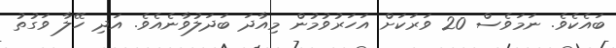
ބައެކެވެ. ނަމަވެސް 20 ވަރަކަށް އަހަރުވުމުން މިއާދަ ބަދަލުވާނެއެވެ. އަދި ހޭލާ ވަގުތު